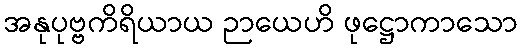
အနုပုဗ္ဗကိရိယာယ ဉာယေဟိ ဖုဋ္ဌောကာသော